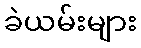
ခဲယမ်းများ